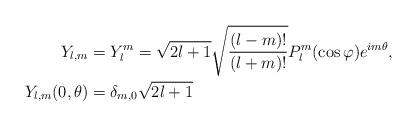
LaTeX: \begin{align*}\ Y_{l,m} & =Y_{l}^{m}=\sqrt{2l+1}\sqrt{\frac{(l-m)!}{(l+m)!}}P_{l}^{m}(\cos\varphi)e^{im\theta},\\Y_{l,m}(0,\theta) & =\delta_{m,0}\sqrt{2l+1} \end{align*}